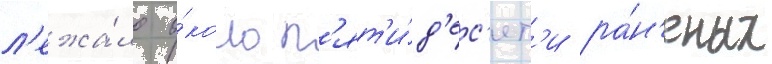
л'ежа́ло о́коло п'ят'и́д'ес'ят'и ра́н'еных